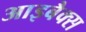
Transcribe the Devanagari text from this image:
आइबैक्स